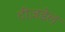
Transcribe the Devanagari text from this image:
टीज़डेल